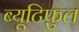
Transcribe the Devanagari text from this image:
ब्यूटिफ़ुल